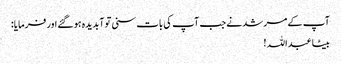
آپ کے مرشد نے جب آپ کی بات سنی تو آبدیدہ ہو گئے اور فرمایا:
بیٹا عبداللہ !